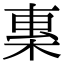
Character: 𣓧